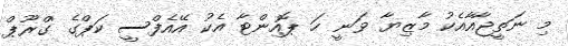
މި ނަތީޖާއާއެކު މާޒިޔާ ވަނީ ހަ ޕޮއިންޓާ އެކު އޭއެފްސީ ކަޕްގެ 'ގްރޫޕް